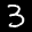
Label: 3